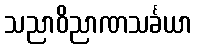
သညာဝိညာဏသင်္ခယာ